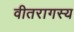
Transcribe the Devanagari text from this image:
वीतरागस्य